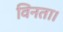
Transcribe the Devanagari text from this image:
विनता।